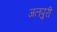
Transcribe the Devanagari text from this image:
जलपुरी